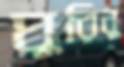
ঘুরিনু